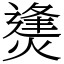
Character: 㷭